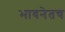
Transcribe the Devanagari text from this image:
भावनेतच